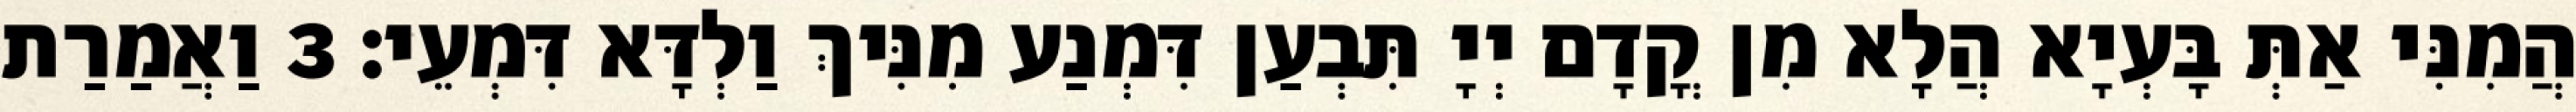
הֲמִנִּי אַתְּ בָּעְיָא הֲלָא מִן קֳדָם יְיָ תִּבְעַן דִּמְנַע מִנִּיךְ וַלְדָּא דִּמְעֵי׃ 3 וַאֲמַרַת